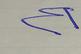
Signature authenticity: forged